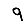
Digit: 9